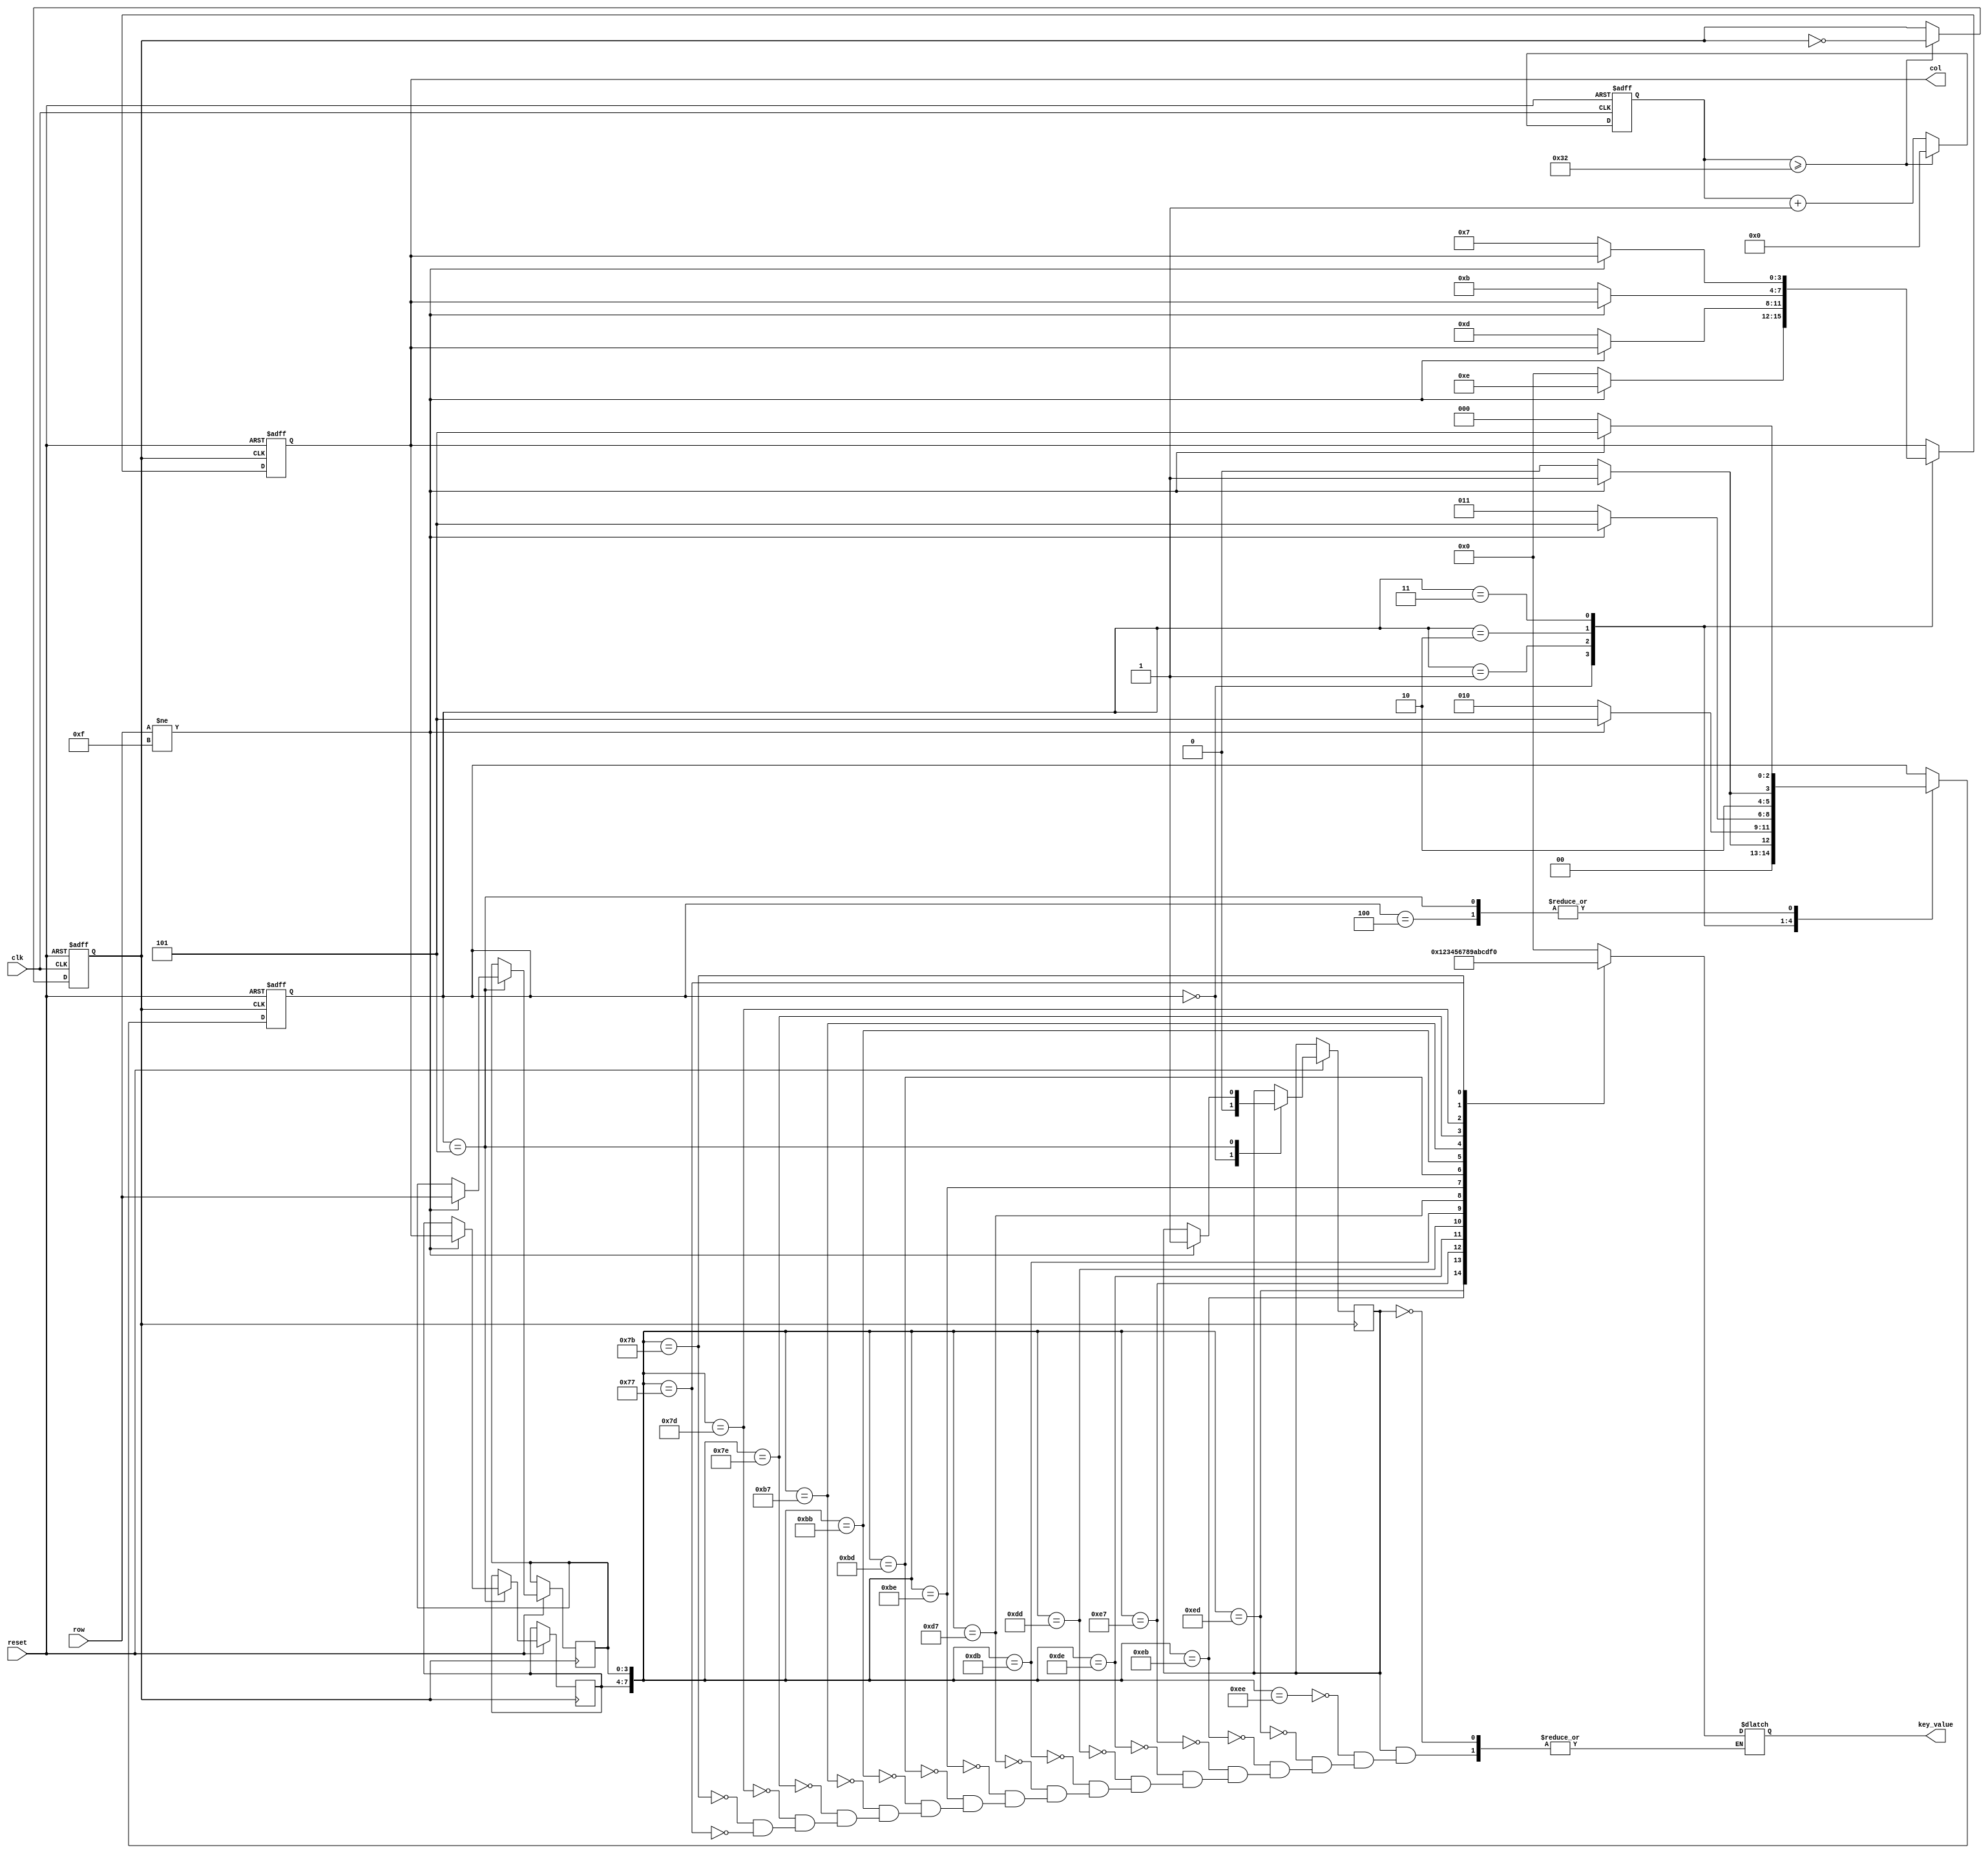
module Readkey( clk, reset, row, col,key_value);
input clk,reset;
 input [3:0] row;
 output [3:0] col;
 output [3:0] key_value;
 reg [3:0] col;
 reg [3:0] key_value;
 reg [5:0] count;//delay_20ms
 reg [2:0] state;  //
 reg key_flag;   //
 reg clk_500khz;  //500KHZ
 reg [3:0] col_reg;  //
 reg [3:0] row_reg;  // 
always @(posedge clk or negedge reset)
   if(!reset) begin clk_500khz<=0; count<=0; end
   else
    begin
      if(count>=50) begin clk_500khz<=~clk_500khz;count<=0;end
      else count<=count+1;
    end
 always @(posedge clk_500khz or negedge reset)
   if(!reset) begin col<=4'b0000;state<=0;end
   else
    begin
     case (state)
      0:
         begin
         col[3:0]<=4'b0000;
         key_flag<=1'b0;
         if(row[3:0]!=4'b1111) begin state<=1;col[3:0]<=4'b1110;end //
         else state<=0;
         end
      1: 
         begin
          if(row[3:0]!=4'b1111) begin state<=5;end   //
          else  begin state<=2;col[3:0]<=4'b1101;end  //
         end
      2:
         begin   
         if(row[3:0]!=4'b1111) begin state<=5;end    //
         else  begin state<=3;col[3:0]<=4'b1011;end  //
         end
      3:
         begin   
         if(row[3:0]!=4'b1111) begin state<=5;end   //
         else  begin state<=4;col[3:0]<=4'b0111;end  //
         end
      4:
         begin   
         if(row[3:0]!=4'b1111) begin state<=5;end  //
         else  state<=0;
         end
      5:
         begin 
          if(row[3:0]!=4'b1111)
		  begin
			col_reg<=col;  //
			row_reg<=row;  //
			state<=5;
			key_flag<=1'b1;  //
		  end            
          else
            begin state<=0;end
         end   
     endcase
    end          
 always @(clk_500khz or col_reg or row_reg)
     begin
        if(key_flag==1'b1)
                begin
                     case ({col_reg,row_reg})
                      8'b1110_1110:key_value<=4'h0;
                      8'b1110_1101:key_value<=4'h1;
                      8'b1110_1011:key_value<=4'h2;
                      8'b1110_0111:key_value<=4'h3;
                      8'b1101_1110:key_value<=4'h4;
                      8'b1101_1101:key_value<=4'h5;
                      8'b1101_1011:key_value<=4'h6;
                      8'b1101_0111:key_value<=4'h7;
                      8'b1011_1110:key_value<=4'h8;
                      8'b1011_1101:key_value<=4'h9;
                      8'b1011_1011:key_value<=4'ha;
                      8'b1011_0111:key_value<=4'hb;
                      8'b0111_1110:key_value<=4'hc;
                      8'b0111_1101:key_value<=4'hd;
                      8'b0111_1011:key_value<=4'he;
                      8'b0111_0111:key_value<=4'hf;    
                     endcase
              end  
   end      
 endmodule